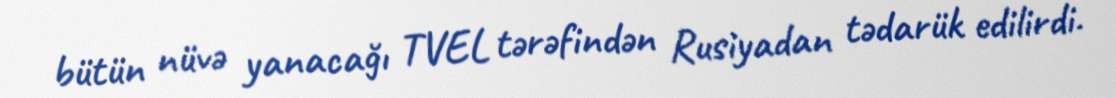
bütün nüvə yanacağı TVEL tərəfindən Rusiyadan tədarük edilirdi.